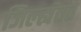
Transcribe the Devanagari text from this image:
जिल्ह्यंतत